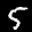
Label: 5